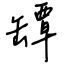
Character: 罈